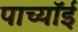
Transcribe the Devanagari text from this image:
पाच्यॉई